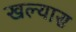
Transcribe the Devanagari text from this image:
खल्यास